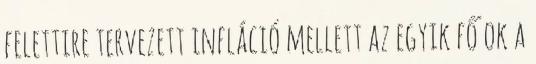
felettire tervezett infláció mellett az egyik fő ok a